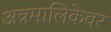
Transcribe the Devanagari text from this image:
अन्नमालिकेवर